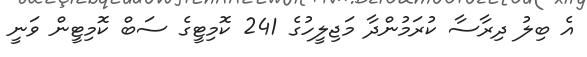
އެ ބިލު ދިރާސާ ކުރަމުންދާ މަޖިލީހުގެ 241 ކޮމިޓީގެ ސަބް ކޮމިޓީން ވަނީ